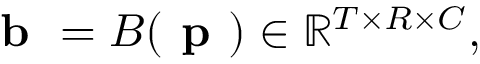
\textbf { b } = B ( \textbf { p } ) \in \mathbb { R } ^ { T \times R \times C } ,